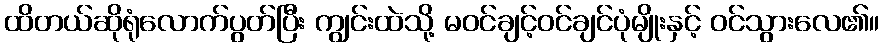
ထိတယ်ဆိုရုံလောက်ပွတ်ပြီး ကျွင်းထဲသို့ မဝင်ချင့်ဝင်ချင်ပုံမျိုးနှင့် ဝင်သွားလေ၏။